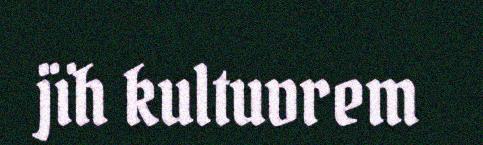
jïh kultuvrem